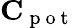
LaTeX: \mathbf{C}_{\mathrm{~p~o~t~}}